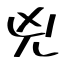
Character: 兇